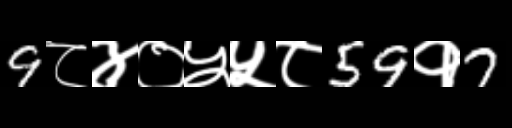
Text: 9८४०५५८59१7